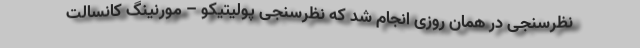
نظرسنجی در همان روزی انجام شد که نظرسنجی پولیتیکو – مورنینگ کانسالت